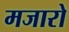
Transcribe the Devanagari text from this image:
मजारो